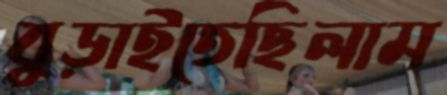
বুড়াইতেছিলাম